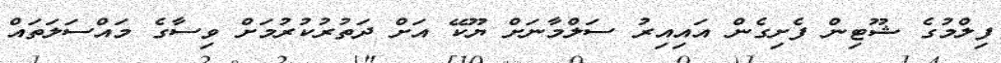
ފިލްމުގެ ޝޫޓިން ފެށިގެން އައިއިރު ސަލްމާނަށް ޔޫކޭ އަށް ދަތުރުކުރުމަށް ވިސާގެ މައްސަލަތައް